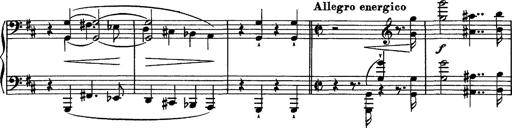
Title: Piano Sonata
Composer: Karl HÃ¤ssler
Key: C major